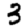
Digit: 3